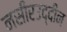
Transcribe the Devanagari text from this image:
नसीरउद्दीन